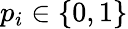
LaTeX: p_{i}\in\{ 0,1\}